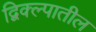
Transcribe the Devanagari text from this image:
द्विक्ल्पातील